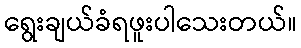
ရွေးချယ်ခံရဖူးပါသေးတယ်။